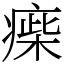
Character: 㾹